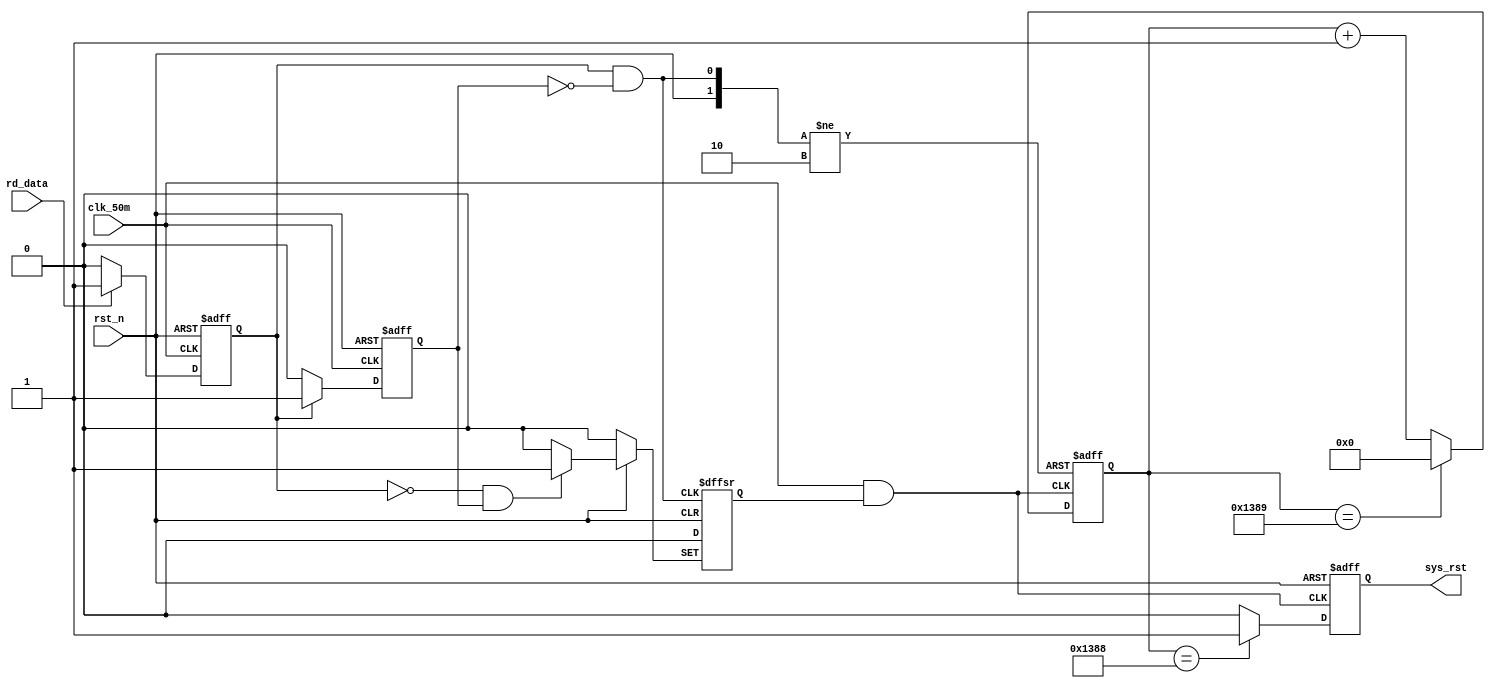
// ************************************************************** 
// COPYRIGHT, Xi'an XDU Radio-frequency IC Co.,Ltd 
// All rights reserved. 
// 
// IP LIB INDEX : IP lib index just sa UTOPIA_B 
// IP Name      : OPTIM
//
// Module name  : RST
// Full name    : Reset Control Unit 
// 
// Email        :  
// Data         : 2013/04/28
// Version      : V1.0 
// 
// Abstract     : 
// Called by    : RFID_TOP
// 
// Modification history 
// ---------------------------------------- 
//
// $Log$ 
// 
// ************************************************************** 

`timescale 1ns/1ns
`define UDLY #5

module RST(
                //inputs
                clk_50m,
                rd_data,
                rst_n,
                
                //output
                sys_rst
            );
            
    //inputs
    input            clk_50m;
    input            rd_data;
    input            rst_n;
                     
                     
    output           sys_rst;
                     
    
    //regs
    reg              sys_rst;
    reg    [12:0]    low_cnt;
    reg              cnt_en;
    reg              din_buf_a;
    reg              din_buf_b;
    
    //wires
    wire             neg_pulse;
    wire             pos_pulse;
    wire             cnt_clk;
    
    
    always @(posedge clk_50m or negedge rst_n)
    begin
        if(!rst_n)
            din_buf_a<=`UDLY 1'b1;
        else if(rd_data)
            din_buf_a<=`UDLY 1'b1;
        else
            din_buf_a<=`UDLY 1'b0;
    end
    
    
    always @(negedge clk_50m or negedge rst_n)
    begin
        if(!rst_n)
            din_buf_b<=`UDLY 1'b1;
        else if(din_buf_a)
            din_buf_b<=`UDLY 1'b1;
        else
            din_buf_b<=`UDLY 1'b0;
    end
    
    
    assign neg_pulse=~din_buf_a&din_buf_b;
    assign pos_pulse=din_buf_a&~din_buf_b;
    
    
    always @(posedge neg_pulse or posedge pos_pulse or negedge rst_n)
    begin
        if(!rst_n)
            cnt_en<=`UDLY 1'b0;
        else if(neg_pulse)
            cnt_en<=`UDLY 1'b1;
        else
            cnt_en<=`UDLY 1'b0;
    end    
    
    assign cnt_clk=clk_50m&cnt_en;    
    
    always @(posedge cnt_clk or posedge pos_pulse or negedge rst_n)
    begin
        if(!rst_n)
            low_cnt<=`UDLY 13'd0;
        else if(pos_pulse)
            low_cnt<=`UDLY 13'd0;
        else if(low_cnt==13'd5001)
            low_cnt<=`UDLY 13'd0;
        else
            low_cnt<=`UDLY low_cnt+1'b1;
    end
    
    always @(negedge cnt_clk or negedge rst_n)
    begin
        if(!rst_n)
            sys_rst<=`UDLY 1'b0;
        else if(low_cnt==13'd5000)
            sys_rst<=`UDLY 1'b1;
        else
            sys_rst<=`UDLY 1'b0;
    end
	 
endmodule